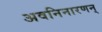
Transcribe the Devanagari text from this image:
अवनिनारणन्